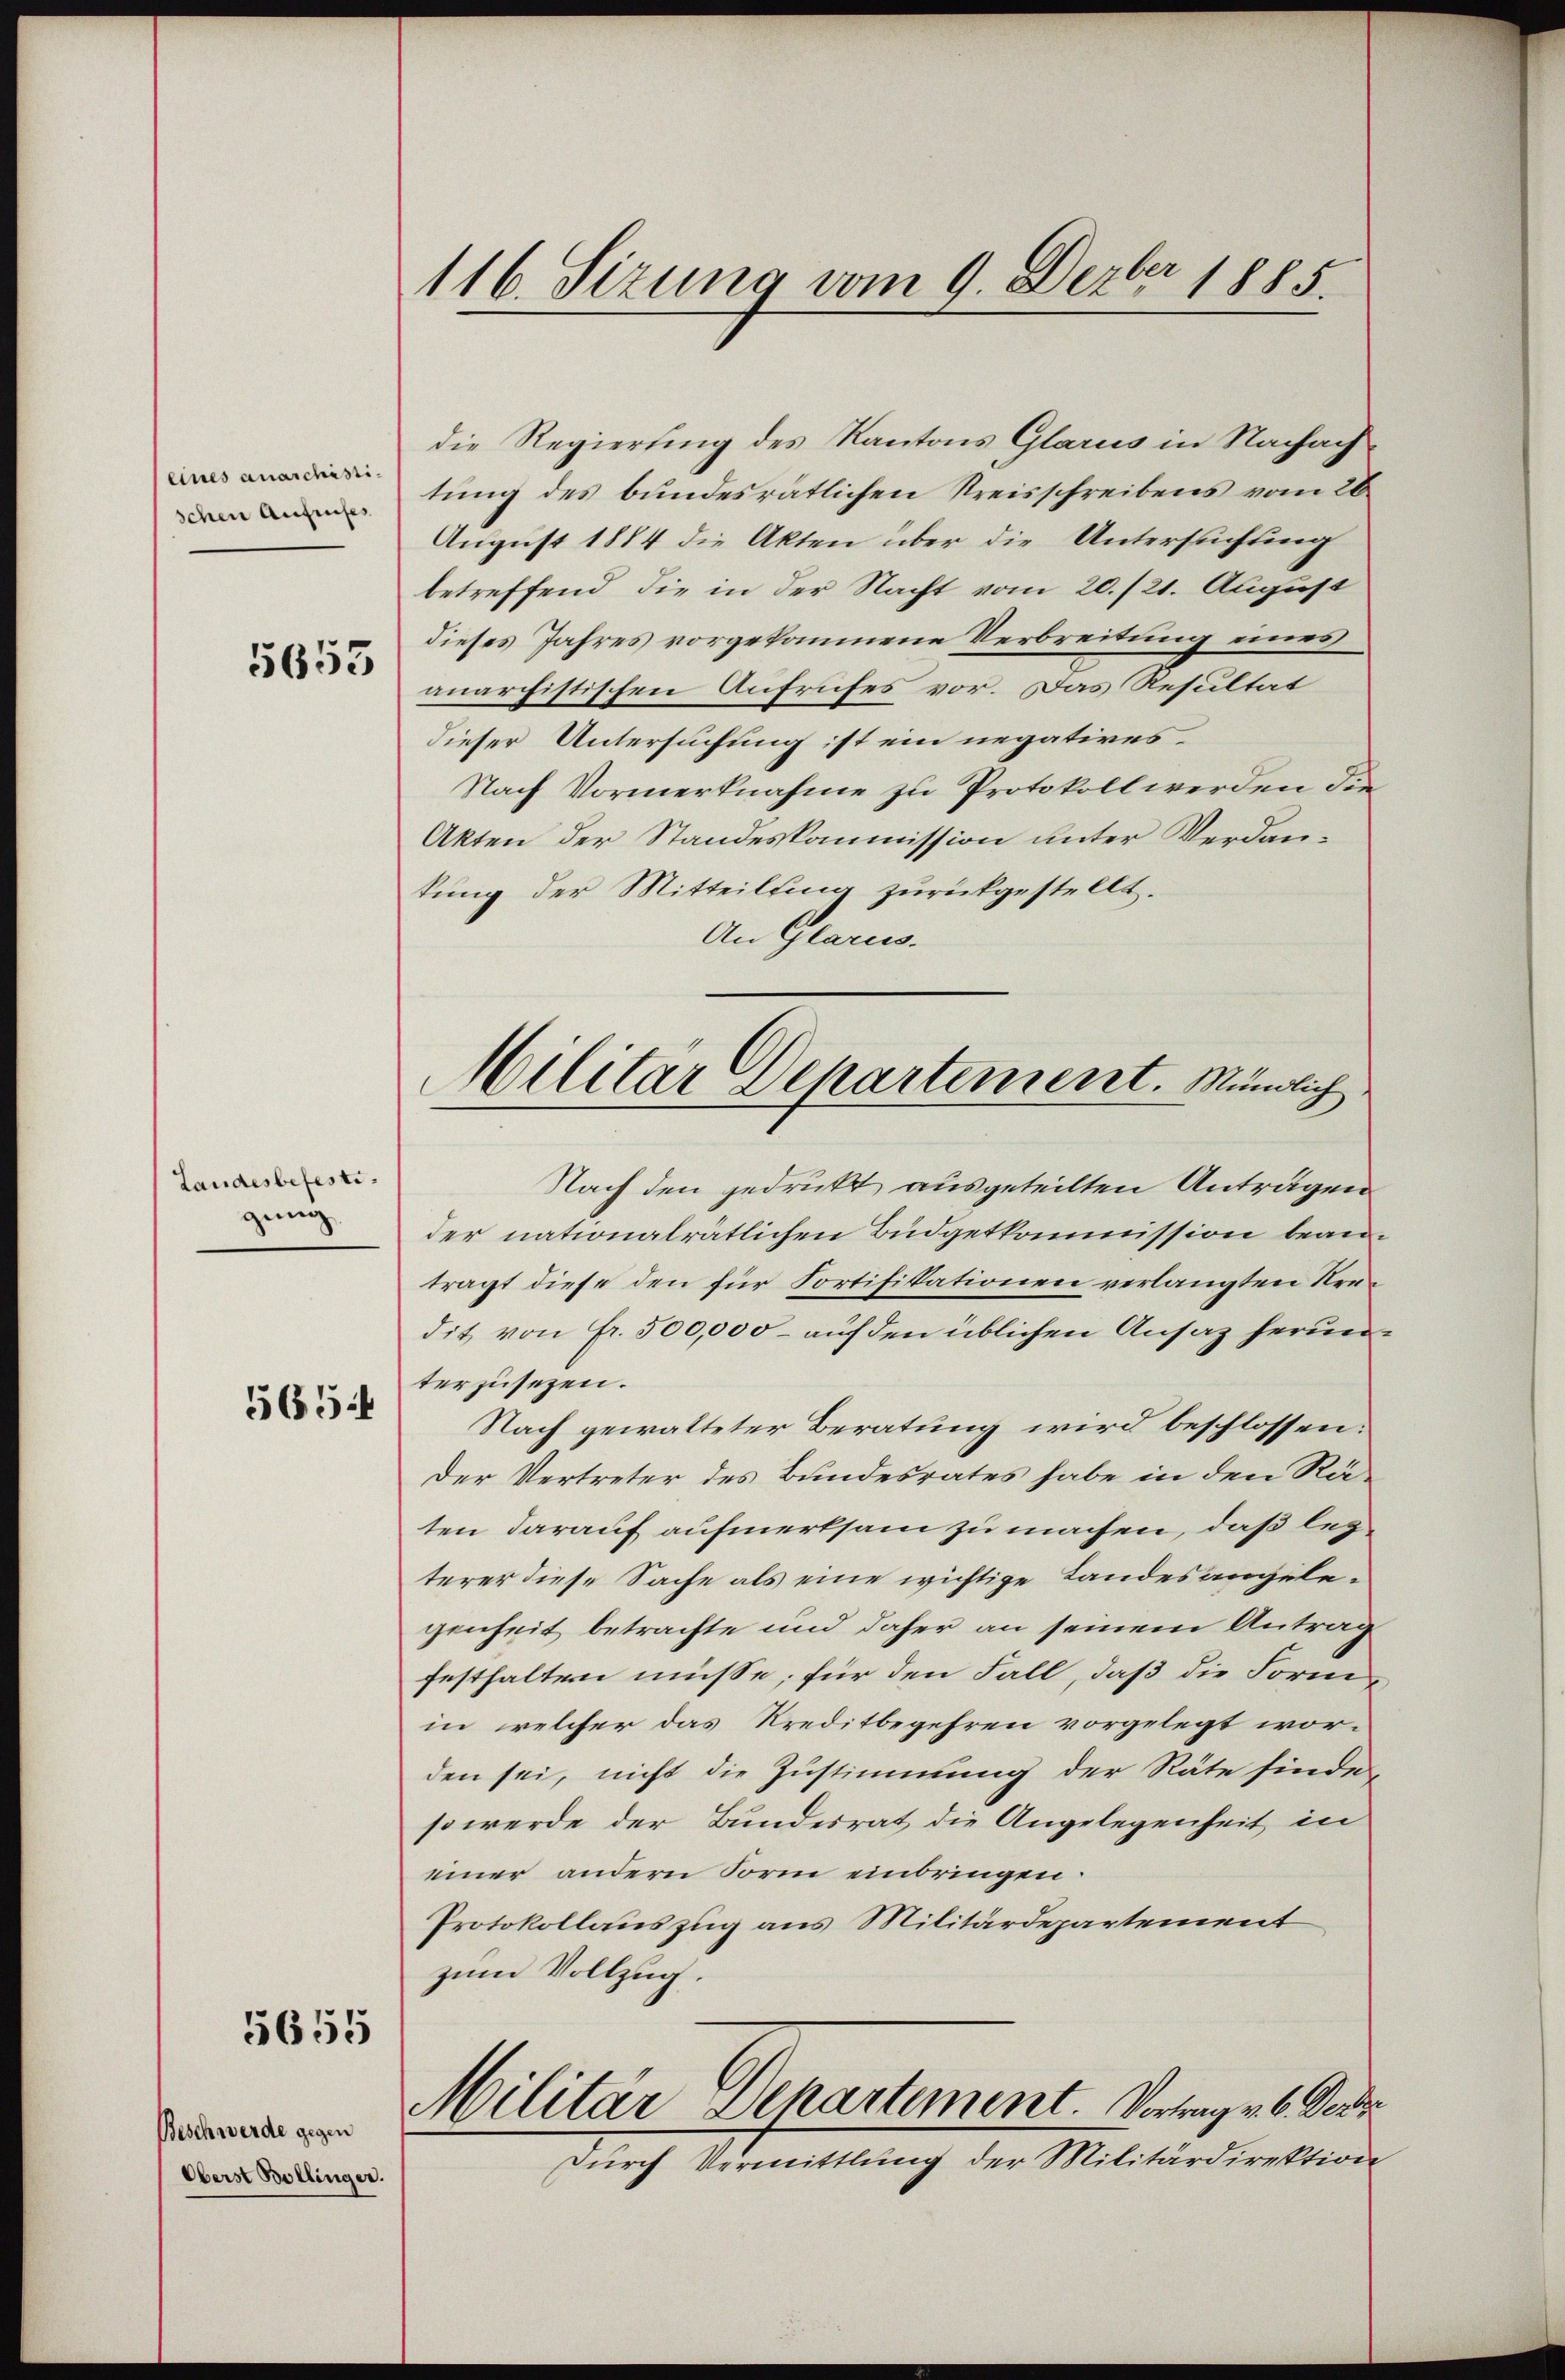
eines anaschistischen Aufrufes

5653

Landesbefestigung

565.

5655

Beschwerde gegen
Oberst Bollinger.

116. Sizung vom 9. Dezbr 1885.

die Regierung des Kantons Glarus in Nachachtung des bundesrätlichen Kreisschreibens vom 26.
August 1884 die Akten über die Untersuchung
betreffend die in der Nacht vom 20./21. August
dieses Jahres vorgekommene Verbreitung eines
anarchistischen Aufrufes vor. Das Resultat
dieser Untersuchung ist ein negatives.
Nach Vormerknahme zu Protokoll werden die
Akten der Standeskommission unter Verdantung der Mitteilsina zurückgestellt.
An Glarus.
Nach den gedrukt ausgeteilten Antragen
der nationalrätlichen Büdgetkommission beanträgt diese den für Fortifikationen verlangten Kredit von fr. 500,000 - auf den üblichen Ansatz herunterzusehen.
Nach gewalteter Beratung wird beschlossen:
Der Vertreter des Bundesrates habe in den Räten darauf aufmerksam zu machen, daß lezterer diese Sache als eine wichtige Landes angelegenheit betrachte und daher an seinem Antrag
festhalten müsse; für den Fall, daß die Formin welcher das Kreditbegehren vorgelegt worden sei, nicht die Zustimmung der Räte finde,
so werde der Bundesrat die Angelegenheit in
einer andern Form einbringen.
Protokollauszug aus Militärdepartement
zum Vollzug.
Militar Departement. Vortrage b. Der
durch Vermittlung der Militärdirektion

Militar Departement. Mündlich